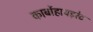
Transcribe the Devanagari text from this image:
कार्बोहायड़रेट